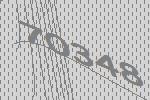
70348